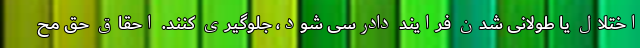
اختلال یا طولانی شدن فرایند دادرسی شود، جلوگیری کنند. احقاق حق مح